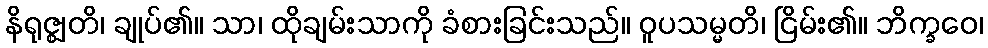
နိရုဇ္ဈတိ၊ ချုပ်၏။ သာ၊ ထိုချမ်းသာကို ခံစားခြင်းသည်။ ဝူပသမ္မတိ၊ ငြိမ်း၏။ ဘိက္ခဝေ၊